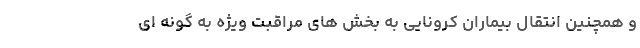
و همچنین انتقال بیماران کرونایی به بخش های مراقبت ویژه به گونه ای